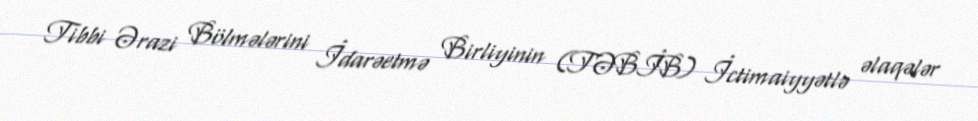
Tibbi Ərazi Bölmələrini İdarəetmə Birliyinin (TƏBİB) İctimaiyyətlə əlaqələr